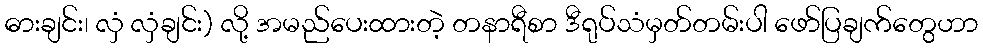
ဓားချင်း၊ လှံ လှံချင်း) လို့ အမည်ပေးထားတဲ့ တနာရီစာ ဒီရုပ်သံမှတ်တမ်းပါ ဖော်ပြချက်တွေဟာ